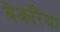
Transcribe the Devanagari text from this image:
बेकरिया